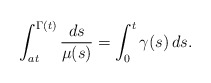
\begin{align*} \int_{at}^{\Gamma(t)} \frac{ds}{\mu(s)} = \int_0^t \gamma(s) \, ds.\end{align*}